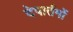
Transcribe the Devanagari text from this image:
देपार्तमों